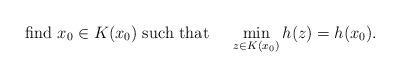
LaTeX: \begin{align*}\mbox{find }x_0\in K(x_0)\mbox{ such that }~~~ \min_{z\in K(x_0)} h(z)=h(x_0).\end{align*}